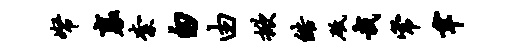
帑襄柰匆由掀皓砥哉常聿